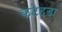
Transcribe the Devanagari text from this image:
कटेहडा